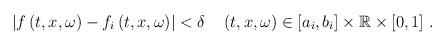
LaTeX: \begin{align*} \left|f\left(t,x,\omega\right)-f_{i}\left(t,x,\omega\right)\right|< \delta \quad\left(t,x,\omega\right)\in \left[a_{i},b_{i}\right]\times\mathbb{R}\times\left[0,1\right]\,. \end{align*}